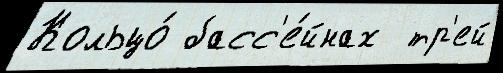
Кольцо́ басс'е́йнах  тр'ей